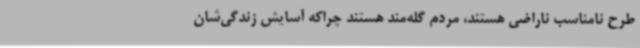
طرح نامناسب ناراضی هستند، مردم گله‌مند هستند چراکه آسایش زندگی‌شان